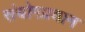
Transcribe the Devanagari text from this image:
संयोगप्रधान